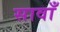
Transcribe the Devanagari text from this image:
सावाँ